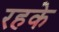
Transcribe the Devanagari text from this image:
रहके